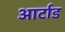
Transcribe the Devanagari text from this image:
आर्टाड